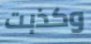
وكذبت